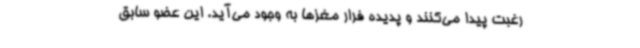
رغبت پیدا می‌کنند و پدیده فرار مغزها به وجود می‌آید. این عضو سابق